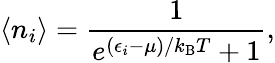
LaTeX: \langle n_{i}\rangle={\frac{1}{e^{(\epsilon_{i}-\mu)/k_{\mathrm{{B}}}T}+1}},